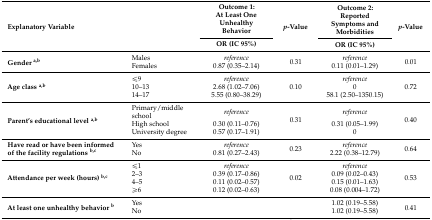
| <ROWSPAN=2> Explanatory Variable | <ROWSPAN=2>  | Outcome 1: At Least One Unhealthy Behavior | <ROWSPAN=2> p-Value | Outcome 2: Reported Symptoms and Morbidities | <ROWSPAN=2> p-Value |
 | OR (IC 95%) | OR (IC 95%) |
 | --- | --- | --- | --- | --- | --- |
 | <ROWSPAN=2> Gender a,b | Males | reference | <ROWSPAN=2> 0.31 | reference | <ROWSPAN=2> 0.01 |
 | Females | 0.87 (0.35–2.14) | 0.11 (0.01–1.29) |
 | <ROWSPAN=3> Age class a,b | ≤9 | reference | <ROWSPAN=3> 0.10 | reference | <ROWSPAN=3> 0.72 |
 | 10–13 | 2.68 (1.02–7.06) | 0 |
 | 14–17 | 5.55 (0.80–38.29) | 58.1 (2.50–1350.15) |
 | <ROWSPAN=3> Parent’s educational level a,b | Primary/middle school | reference | <ROWSPAN=3> 0.31 | reference | <ROWSPAN=3> 0.40 |
 | High school | 0.30 (0.11–0.76) | 0.31 (0.05–1.99) |
 | University degree | 0.57 (0.17–1.91) | 0 |
 | <ROWSPAN=2> Have read or have been informed of the facility regulations b,c | Yes | reference | <ROWSPAN=2> 0.23 | reference | <ROWSPAN=2> 0.64 |
 | No | 0.81 (0.27–2.43) | 2.22 (0.38–12.79) |
 | <ROWSPAN=4> Attendance per week (hours) b,c | ≤1 | reference | <ROWSPAN=4> 0.02 | reference | <ROWSPAN=4> 0.53 |
 | 2–3 | 0.39 (0.17–0.86) | 0.09 (0.02–0.43) |
 | 4–5 | 0.11 (0.02–0.57) | 0.15 (0.01–1.63) |
 | ≥6 | 0.12 (0.02–0.63) | 0.08 (0.004–1.72) |
 | <ROWSPAN=2> At least one unhealthy behavior b | Yes | <COLSPAN=2>  | 1.02 (0.19–5.58) | <ROWSPAN=2> 0.41 |
 | No | <COLSPAN=2>  | 1.02 (0.19–5.58) |